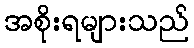
အစိုးရများသည်